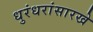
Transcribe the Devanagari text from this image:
धुरंधरांसारखे